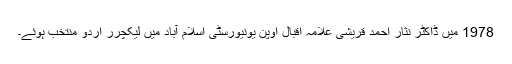
1978 میں ڈاکٹر نثار احمد قریشی علامہ اقبال اوپن یونیورسٹی اسلام آباد میں لیکچرر اردو منتخب ہوئے۔